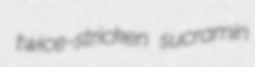
twice-stricken sucramin